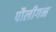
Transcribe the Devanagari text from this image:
पौलीगन